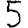
Digit: 5